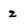
Character: z